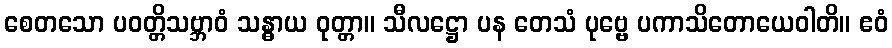
စေတသော ပဝတ္တိသဗ္ဘာဝံ သန္ဓာယ ဝုတ္တာ။ သီလဋ္ဌော ပန တေသံ ပုဗ္ဗေ ပကာသိတောယေဝါတိ။ ဧဝံ